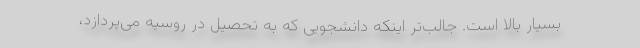
بسیار بالا است. جالب‌تر اینکه دانشجویی که به تحصیل در روسیه می‌پردازد،